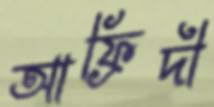
আফ্রিদী